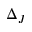
\Delta _ { J }